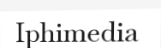
Iphimedia